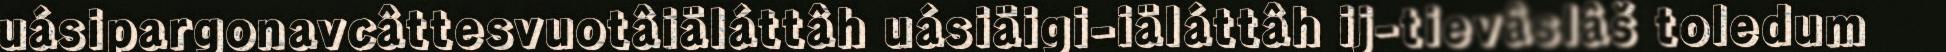
uásipargonavcâttesvuotâiäláttâh uásiäigi-iäláttâh ij-tievâslâš toledum